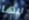
انها